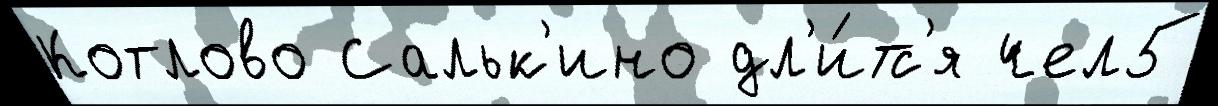
Котлово Сальк'ино дл'и́тс'я чел5